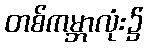
တစ်ကမ္ဘာလုံး၌